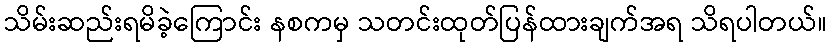
သိမ်းဆည်းရမိခဲ့ကြောင်း နစကမှ သတင်းထုတ်ပြန်ထားချက်အရ သိရပါတယ်။